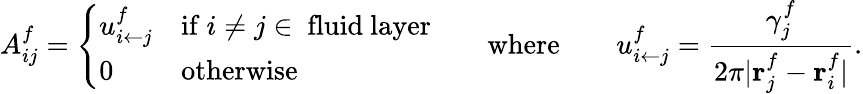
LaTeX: A_{ij}^{f}=\left\{ \begin{array}{ll}{u_{{i}\leftarrow{j}}^{f}}&{\mathrm{if~}i\neq j\in~\mathrm{fluid~layer}}\\ {0}&{\mathrm{otherwise}}\end{array}\right.\quad\quad\mathrm{where}\quad\quad u_{i\leftarrow j}^{f}=\frac{\gamma_{j}^{f}}{2\pi\vert\mathbf{r}_{j}^{f}-\mathbf{r}_{i}^{f}\vert}.